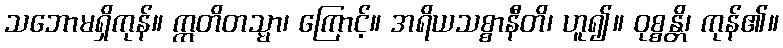
သဘောမရှိကုန်။ ဣတိတသ္မာ၊ ကြောင့်။ အရိယသစ္စာနီတိ၊ ဟူ၍။ ဝုစ္စန္တိ၊ ကုန်၏။